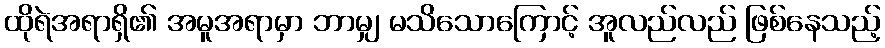
ထိုရဲအရာရှိ၏ အမူအရာမှာ ဘာမျှ မသိသောကြောင့် အူလည်လည် ဖြစ်နေသည့်